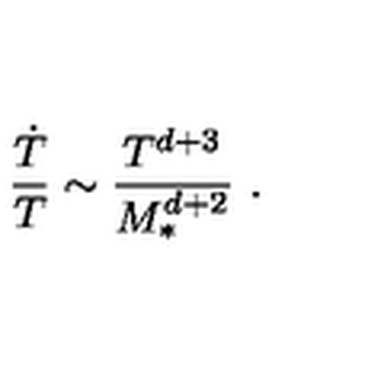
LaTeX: \frac { { \dot { T } } } { T } \sim \frac { T ^ { d + 3 } } { M _ { * } ^ { d + 2 } } \ .